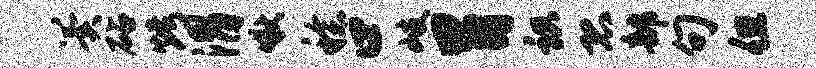
翼砧烤渭啾稔口岐胃识恐部句但